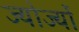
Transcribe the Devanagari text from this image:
ज्योर्ज्यो